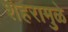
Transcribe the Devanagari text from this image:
शहरामुळे